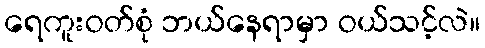
ရေကူးဝတ်စုံ ဘယ်နေရာမှာ ဝယ်သင့်လဲ။